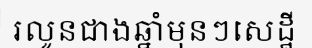
រលូនជាងឆ្នាំមុនៗសេដ្ឋី